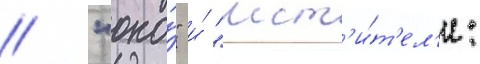
/ "оно́" и́ "мст'и́т'ел'и: